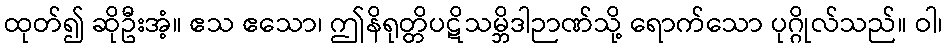
ထုတ်၍ ဆိုဦးအံ့။ ဧသ ဧသော၊ ဤနိရုတ္တိပဋိသမ္ဘိဒါဉာဏ်သို့ ရောက်သော ပုဂ္ဂိုလ်သည်။ ဝါ၊